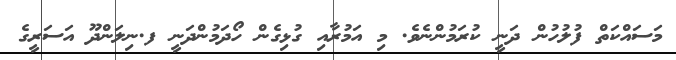
މަސައްކަތް ފުލުހުން ދަނީ ކުރަމުންނެވެ. މި އަމުރާއި ގުޅިގެން ހޯދަމުންދަނީ ފ.ނިލަންދޫ އަސަރީގެ